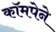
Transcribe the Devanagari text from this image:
कॉमपेने